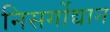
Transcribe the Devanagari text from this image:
निसर्गोद्यान